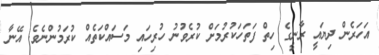
އަހަރެން ދިޔައީ ރާނީގެ ހިތް ފަތަހަކުރުމަށް ކުރެވުނު ހުރިހައި މަސައްކަތެއް ކުރަމުންނެވެ. އޭނާ